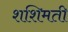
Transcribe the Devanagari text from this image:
शशिमती